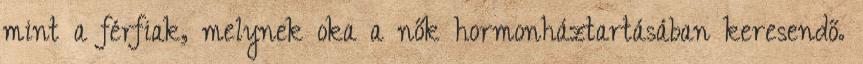
mint a férfiak, melynek oka a nők hormonháztartásában keresendő.